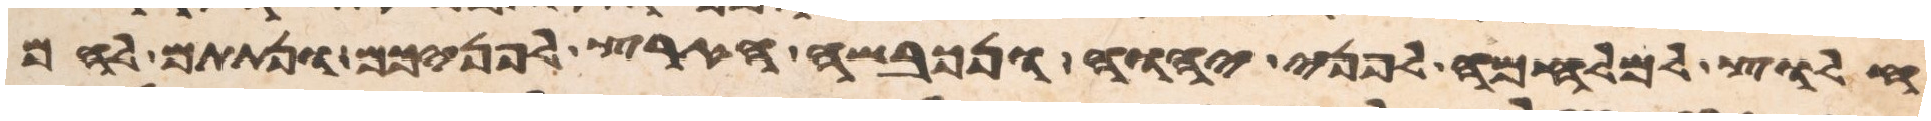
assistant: חלוץ למלחמה לפני יהוה ונכבשה הארץ לפניכם ונתתם להם